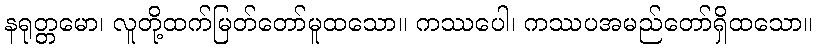
နရုတ္တမော၊ လူတို့ထက်မြတ်တော်မူထသော။ ကဿပေါ၊ ကဿပအမည်တော်ရှိထသော။